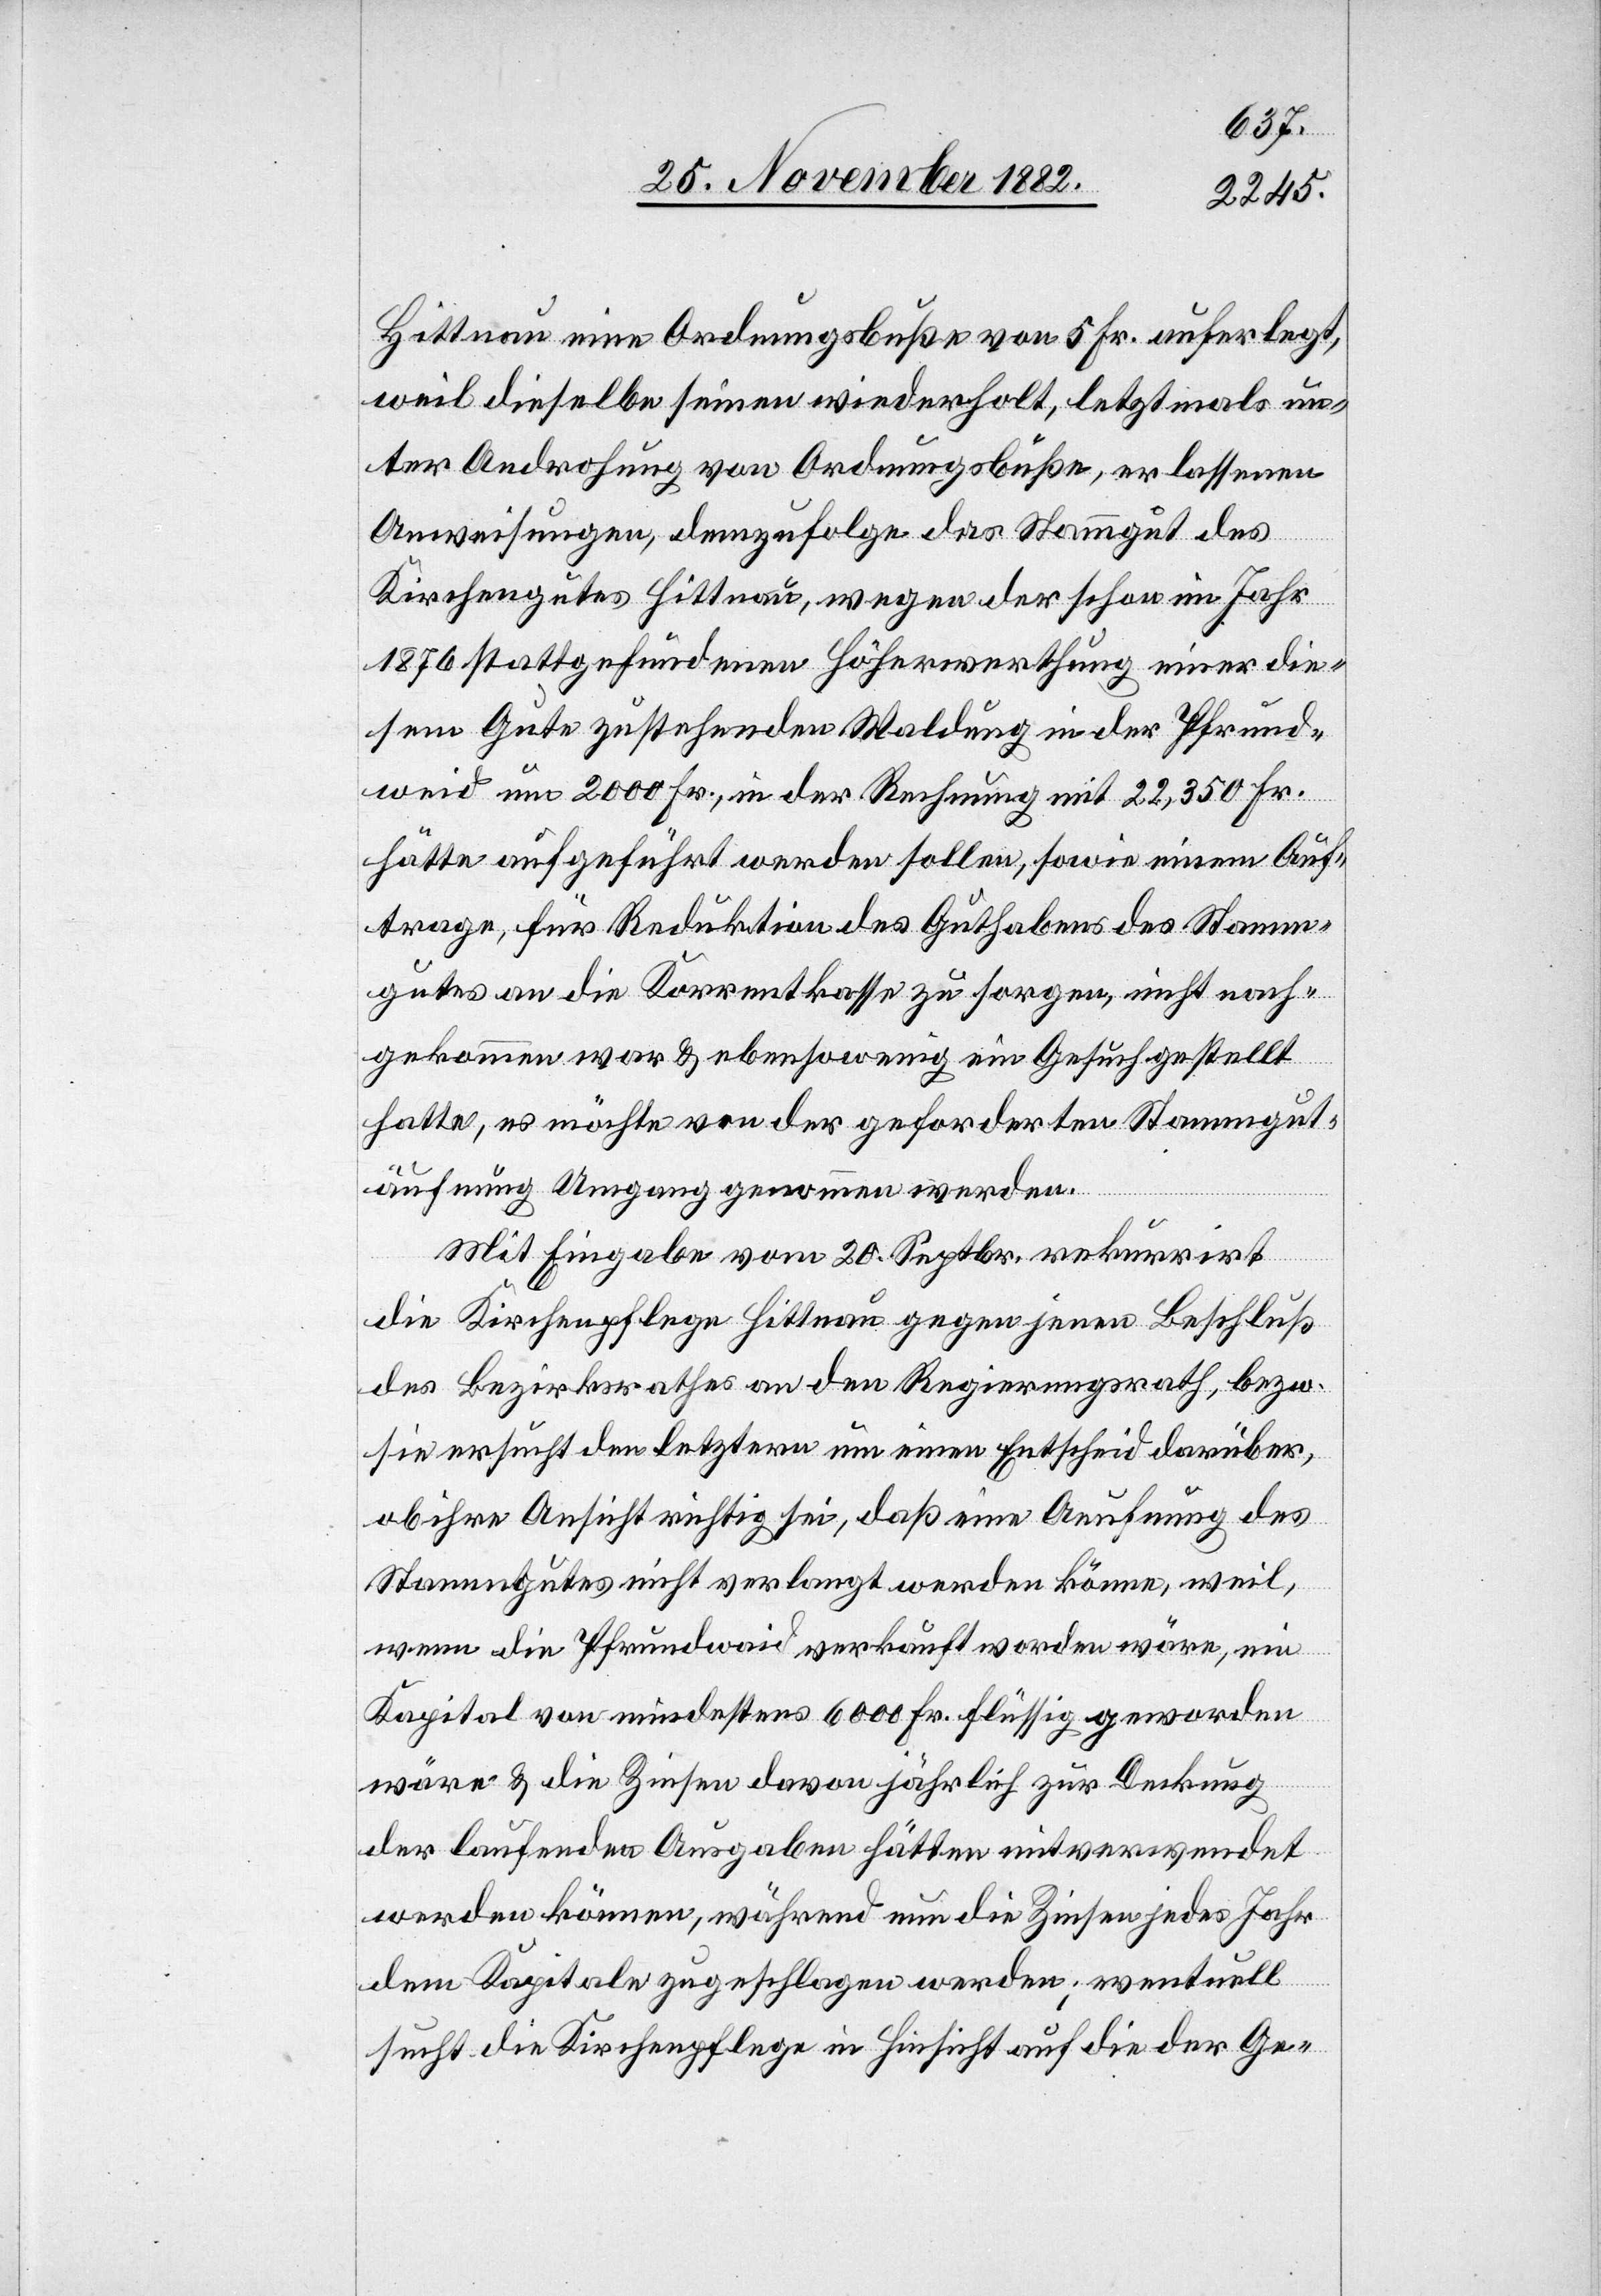
Hittnau eine Ordnungsbuße von 5 Fr. auferlegt,
weil dieselbe seinen widerholt, letztmals un¬
ter Androhung von Ordnungsbuße, erlassenen
Anweisungen, demzufolge das Stammgut des
Kirchengutes Hittnau wegen der schon im Jahr
1876 stattgefundenen Höherwerthung einer die¬
sem Gute zustehenden Waldung in der Pfrund¬
weid um 2000 Fr., in der Rechnung mit 22,350 Fr.
hätte aufgeführt werden sollen, sowie einem Auf¬
trage, für Reduktion des Guthabens des Stamm¬
gutes an die Korrentkasse zu sorgen, nicht nach¬
gekommen war & ebensowenig ein Gesuch gestellt
hatte, es möchte von der geforderten Stammgut¬
äufnung Umgang genommen werden.
Mit Eingabe vom 20. Septbr. rekurrirt
die Kirchenpflege Hittnau gegen jenen Beschluß
des Bezirksrathes an den Regierungsrath, bezw.
sie ersucht den letztern um einen Entscheid darüber,
ob ihre Ansicht richtig sei, daß eine Aeufnung des
Stammgutes nicht verlangt werden könne, weil,
wenn die Pfrundweid verkauft worden wäre, ein
Kapital von mindestens 6000 Fr. flüssig geworden
wäre & die Zinsen davon jährlich zur Deckung
der laufenden Ausgaben hätten mitverwendet
werden können, während nun die Zinsen jedes Jahr
dem Kapitale zugeschlagen werden; eventuell
sucht die Kirchenpflege in Hinsicht auf die der Ge-